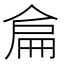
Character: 𠋅